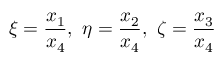
\xi = { \frac { x _ { 1 } } { x _ { 4 } } } , \ \eta = { \frac { x _ { 2 } } { x _ { 4 } } } , \ \zeta = { \frac { x _ { 3 } } { x _ { 4 } } }